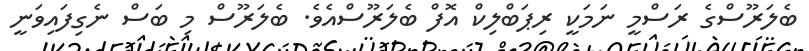
ބެލަރޫސްގެ ރަސްމީ ނަމަކީ ރިޕަބްލިކް އޮފް ބެލަރޫސްއެވެ. ބެލަރޫސް މި ބަސް ނެގިފައިވަނީ